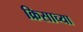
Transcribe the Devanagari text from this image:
क्रिसाच्या